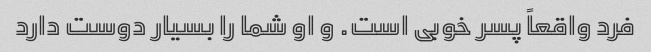
فرد واقعاً پسر خوبی است. و او شما را بسیار دوست دارد